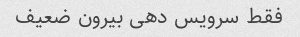
فقط سرویس دهی بیرون ضعیف